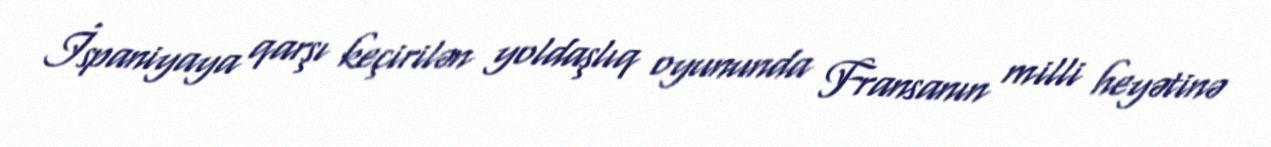
İspaniyaya qarşı keçirilən yoldaşlıq oyununda Fransanın milli heyətinə